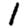
Digit: 1